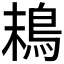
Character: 𩿣